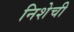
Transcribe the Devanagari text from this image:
निशेची